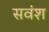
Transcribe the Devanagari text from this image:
सवंश